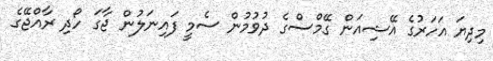
މިދިޔަ އަހަރުގެ އޭޝިއަން ގޭމްސްގެ ދުވުމުން ސެމީ ފައިނަލުން ޖާގަ ހޯދި ރާއްޖޭގެ